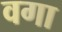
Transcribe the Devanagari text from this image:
वगा